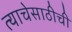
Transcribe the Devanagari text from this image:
त्याचेसाठीची